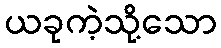
ယခုကဲ့သို့သော